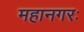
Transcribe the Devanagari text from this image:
महानगरः